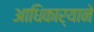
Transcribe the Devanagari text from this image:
आधिकार्‍याने